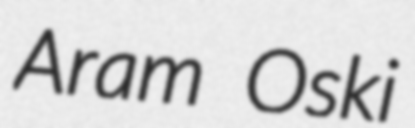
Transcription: Aram Oski